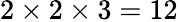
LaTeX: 2\times 2\times 3=12